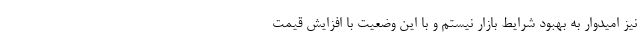
نیز امیدوار به بهبود شرایط بازار نیستم و با این وضعیت با افزایش قیمت